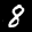
Label: 8